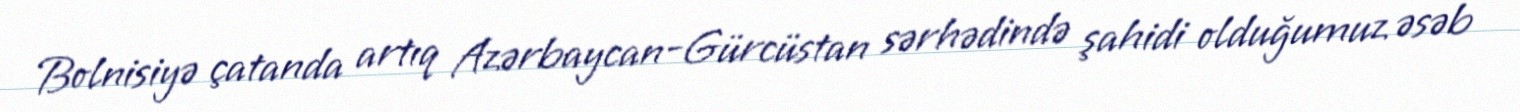
Bolnisiyə çatanda artıq Azərbaycan-Gürcüstan sərhədində şahidi olduğumuz əsəb